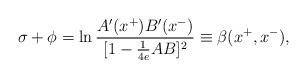
LaTeX: \begin{align*}\sigma + \phi = \ln {A'(x^+) B'(x^-) \over [1-{1 \over 4e} AB]^2}\equiv \beta(x^+,x^-),\end{align*}